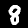
Digit: 8